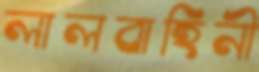
লালবাহিনী